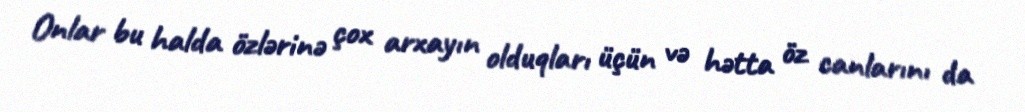
Onlar bu halda özlərinə çox arxayın olduqları üçün və hətta öz canlarını da